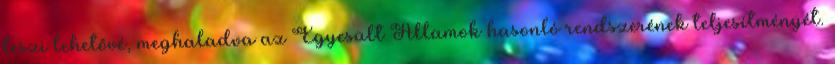
teszi lehetővé, meghaladva az Egyesült Államok hasonló rendszerének teljesítményét.